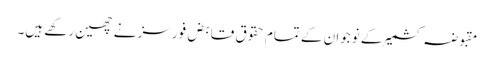
مقبوضہ کشمیر کے نوجوان کے تمام حقوق قابض فورسز نے چھین رکھے ہیں۔